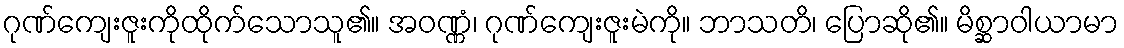
ဂုဏ်ကျေးဇူးကိုထိုက်သောသူ၏။ အဝဏ္ဏံ၊ ဂုဏ်ကျေးဇူးမဲကို။ ဘာသတိ၊ ပြောဆို၏။ မိစ္ဆာဝါယာမာ